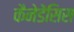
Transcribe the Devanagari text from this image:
कैनेडेंसिस